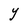
Character: Y